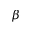
\beta